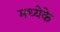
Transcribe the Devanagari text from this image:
मध्येके